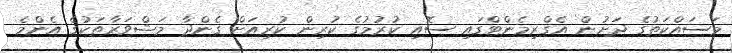
މަސައްކަތުގެ ދަށުން އެގްރިމެންޓްގައި ސޮއި ކުރުމުގެ ކުރިން ކުރިއަށް ގެންދާ މަޝްވަރާތަކުގެ އެންމެ